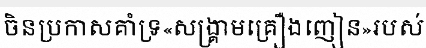
ចិនប្រកាសគាំទ្រ«សង្គ្រាមគ្រឿងញៀន»របស់